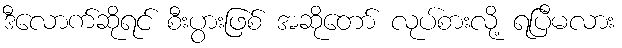
ဒီလောက်ဆိုရင် စီးပွားဖြစ် အဆိုတော် လုပ်စားလို့ ရပြီမလား